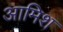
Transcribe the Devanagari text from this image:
आमिश